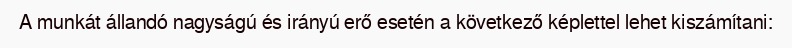
A munkát állandó nagyságú és irányú erő esetén a következő képlettel lehet kiszámítani: